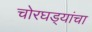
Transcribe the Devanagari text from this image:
चोरघड्यांचा